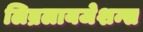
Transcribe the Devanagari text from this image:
लिब्रलायजेशन्स